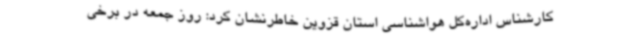
کارشناس اداره‌کل هواشناسی استان قزوین خاطرنشان کرد: روز جمعه در برخی